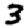
Digit: 3